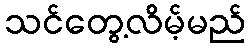
သင်တွေ့လိမ့်မည်